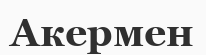
Акермен